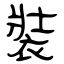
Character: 裝